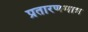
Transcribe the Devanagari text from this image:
प्रतारणमात्र